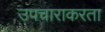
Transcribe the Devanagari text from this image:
उपचाराकरता